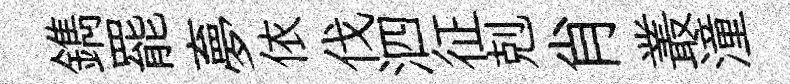
鐫罷夣依伐泗征剋肖叢潼